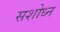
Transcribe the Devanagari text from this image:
सशोध्न